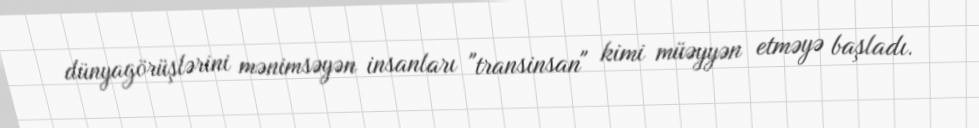
dünyagörüşlərini mənimsəyən insanları "transinsan" kimi müəyyən etməyə başladı.